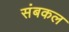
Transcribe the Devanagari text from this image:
संबकल